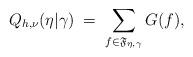
LaTeX: \begin{align*}Q_{h,\nu}(\eta |\gamma)\;=\;\sum_{f\in\mathfrak{F}_{\eta,\gamma}} G(f),\end{align*}